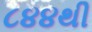
૮૪૪થી